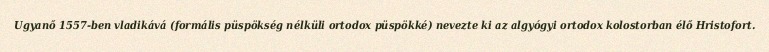
Ugyanő 1557-ben vladikává (formális püspökség nélküli ortodox püspökké) nevezte ki az algyógyi ortodox kolostorban élő Hristofort.